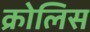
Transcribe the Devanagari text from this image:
क्रोलिस